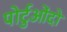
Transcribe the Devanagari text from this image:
पोर्टुओंदो